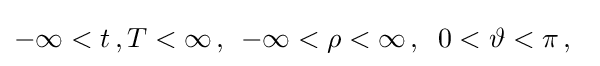
-\infty <t\,,T<\infty \,,\;\,-\infty <\rho <\infty \,,\;\;0<\vartheta <\pi \,,\;\;